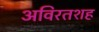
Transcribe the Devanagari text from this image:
अविरतशह